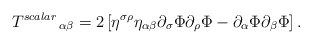
\begin{align*}\left. T^{scalar}\right. _{\alpha \beta }=2\left[ \eta ^{\sigma \rho}\eta _{\alpha \beta }\partial _{\sigma }\Phi \partial _{\rho }\Phi-\partial _{\alpha }\Phi \partial _{\beta }\Phi \right] .\end{align*}